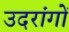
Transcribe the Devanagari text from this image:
उदरांगों